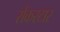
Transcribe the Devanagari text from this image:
रोंकस्टार